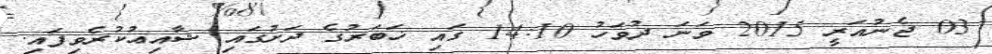
03 ޖެނުއަރީ 2015 ވަނަ ދުވަހު 14:10 ގައި ޚަބަރުގެ ދަށުގައި ޝާއިޢުކުރެވިފައި.